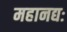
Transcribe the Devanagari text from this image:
महानद्यः